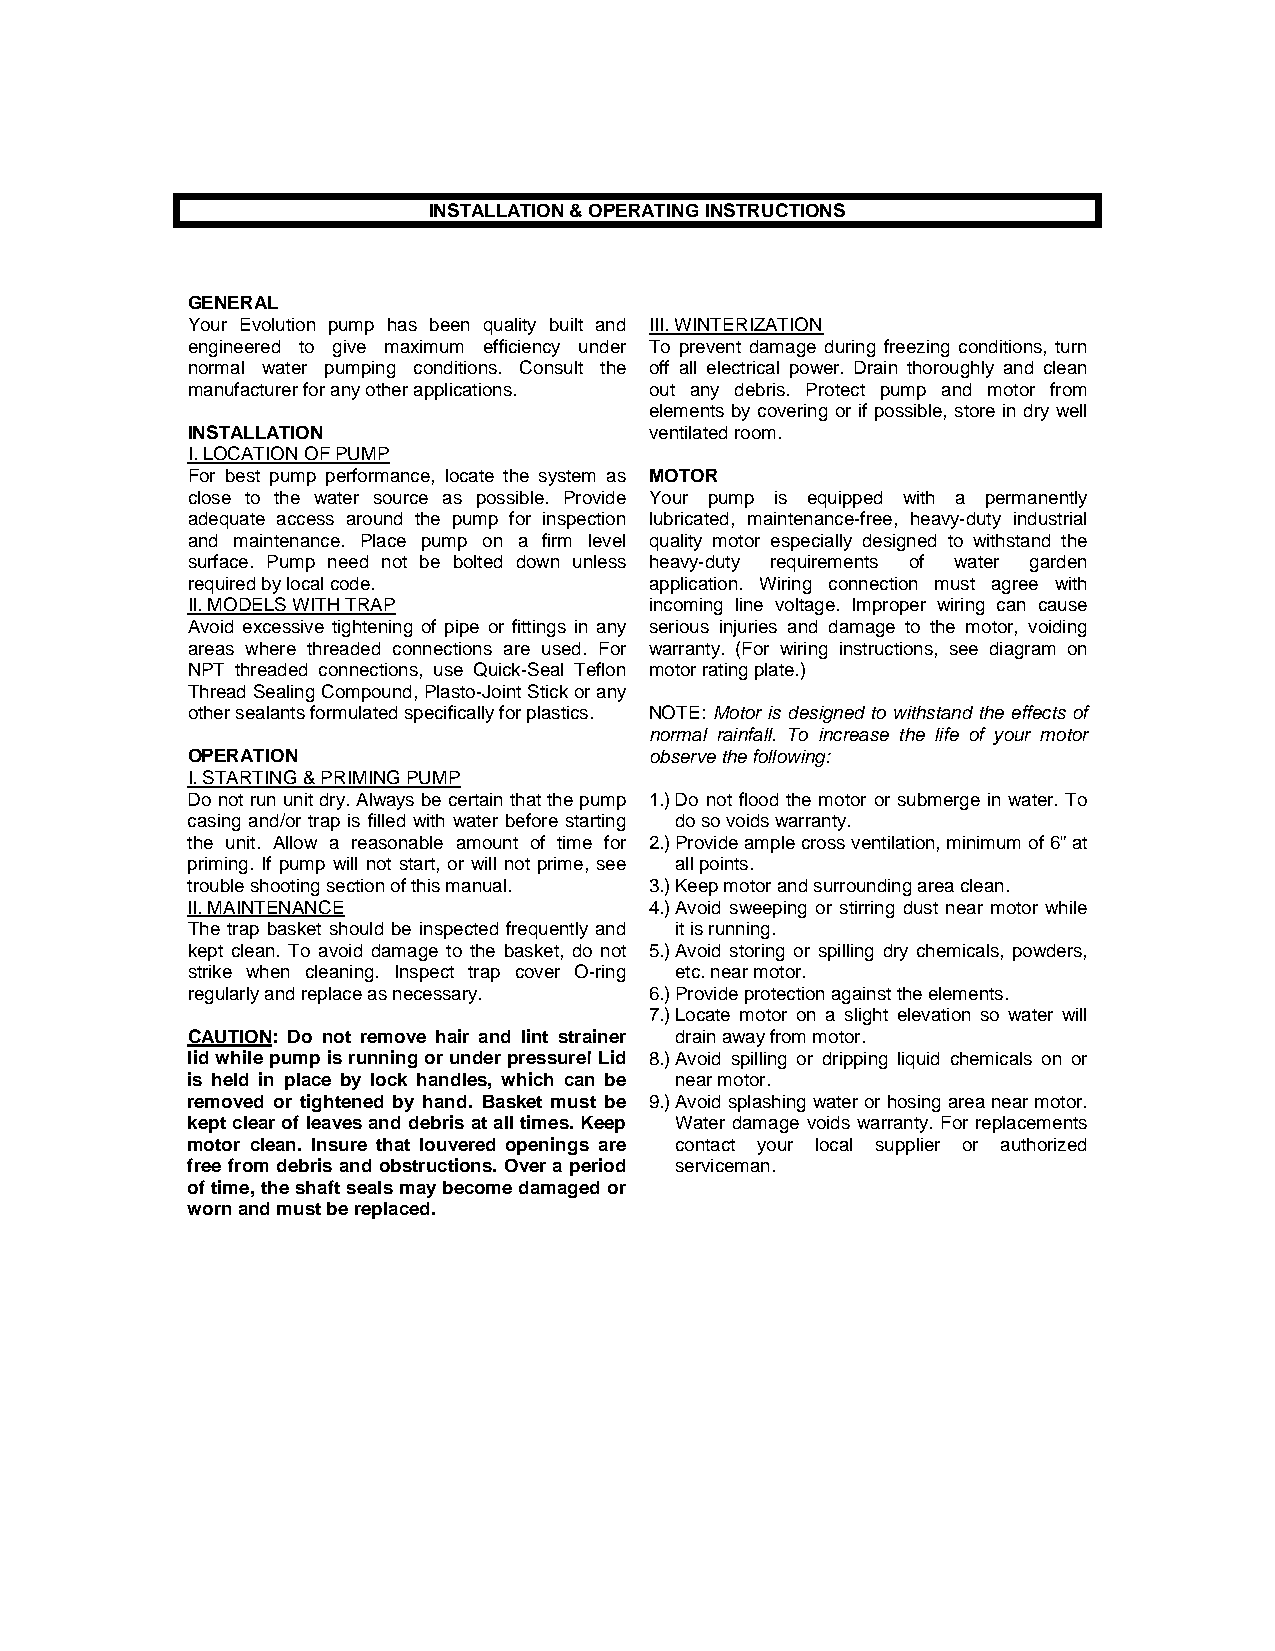
INSTALLATION & OPERATING INSTRUCTIONS
 GENERAL
 Your Evolution pump has been quality built and III. WINTERIZATION
 engineered to give maximum efficiency under To prevent damage during freezing conditions, turn
 normal water pumping conditions. Consult the off all electrical power. Drain thoroughly and clean
 manufacturer for any other applications. out any debris. Protect pump and motor from
 elements by covering or if possible, store in dry well
 INSTALLATION                   ventilated room.
 I. LOCATION OF PUMP
 For best pump performance, locate the system as MOTOR
 close to the water source as possible. Provide Your pump is equipped with a permanently
 adequate access around the pump for inspection lubricated, maintenance-free, heavy-duty industrial
 and maintenance. Place pump on a firm level quality motor especially designed to withstand the
 surface. Pump need not be bolted down unless heavy-duty requirements of water garden
 required by local code.        application. Wiring connection must agree with
 II. MODELS WITH TRAP           incoming line voltage. Improper wiring can cause
 Avoid excessive tightening of pipe or fittings in any serious injuries and damage to the motor, voiding
 areas where threaded connections are used. For warranty. (For wiring instructions, see diagram on
 NPT threaded connections, use Quick-Seal Teflon motor rating plate.)
 Thread Sealing Compound, Plasto-Joint Stick or any
 other sealants formulated specifically for plastics. NOTE: Motor is designed to withstand the effects of
 normal rainfall. To increase the life of your motor
 OPERATION                      observe the following:
 I. STARTING & PRIMING PUMP
 Do not run unit dry. Always be certain that the pump 1.) Do not flood the motor or submerge in water. To
 casing and/or trap is filled with water before starting do so voids warranty.
 the unit. Allow a reasonable amount of time for 2.) Provide ample cross ventilation, minimum of 6” at
 priming. If pump will not start, or will not prime, see all points.
 trouble shooting section of this manual. 3.) Keep motor and surrounding area clean.
 II. MAINTENANCE                4.) Avoid sweeping or stirring dust near motor while
 The trap basket should be inspected frequently and it is running.
 kept clean. To avoid damage to the basket, do not 5.) Avoid storing or spilling dry chemicals, powders,
 strike when cleaning. Inspect trap cover O-ring etc. near motor.
 regularly and replace as necessary. 6.) Provide protection against the elements.
 7.) Locate motor on a slight elevation so water will
 CAUTION: Do not remove hair and lint strainer drain away from motor.
 lid while pump is running or under pressure! Lid 8.) Avoid spilling or dripping liquid chemicals on or
 is held in place by lock handles, which can be near motor.
 removed or tightened by hand. Basket must be 9.) Avoid splashing water or hosing area near motor.
 kept clear of leaves and debris at all times. Keep Water damage voids warranty. For replacements
 motor clean. Insure that louvered openings are contact your local supplier or authorized
 free from debris and obstructions. Over a period serviceman.
 of time, the shaft seals may become damaged or
 worn and must be replaced.